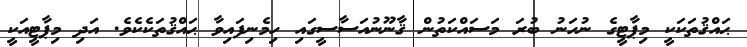
ޙައްޤުތަކަކީ މިޕާޓީގެ ނުހަނު ބުރަ މަސައްކަތުން ޤާނޫނުއަސާސީގައި ހިމެނިފައިވާ ޙައްޤުތަކެކެވެ. އަދި މިޕާޓީއަކީ